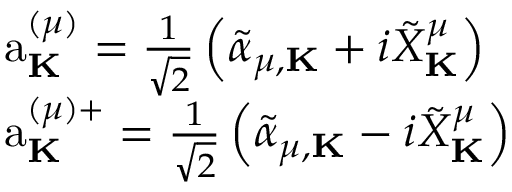
\begin{array} { r l } & { \mathrm { a } _ { \bf K } ^ { ( \mu ) } = \frac { 1 } { \sqrt { 2 } } \left( { \tilde { \alpha } } _ { \mu , { \bf K } } + i { \tilde { X } } _ { \bf K } ^ { \mu } \right) } \\ & { \mathrm { a } _ { \bf K } ^ { ( \mu ) + } = \frac { 1 } { \sqrt { 2 } } \left( { \tilde { \alpha } } _ { \mu , { \bf K } } - i { \tilde { X } } _ { \bf K } ^ { \mu } \right) } \end{array}